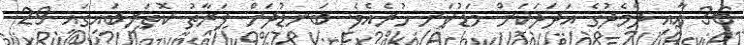
36 އާއި ދެމެދުގެ އަދަދަކަށް މަޑުކަށި ހުރެއެވެ. ބަނޑުދަށް ފަރާތު ކޮތަރިބައިގައި 29